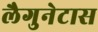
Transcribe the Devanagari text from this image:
लैगुनेटास